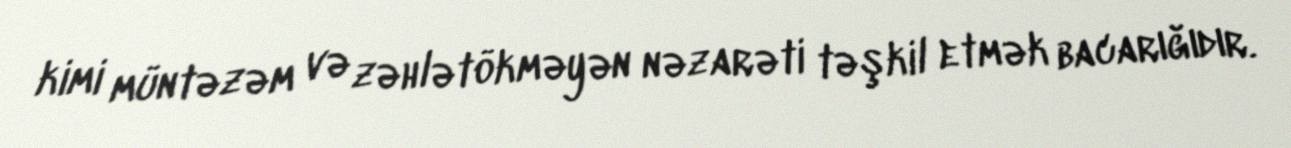
kimi müntəzəm və zəhlətökməyən nəzarəti təşkil etmək bacarığıdır.